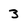
Character: 3